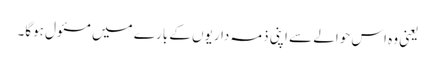
یعنی وہ اس حوالے سے اپنی ذمہ داریوں کے بارے میں مسئول ہوگا۔